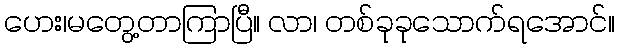
ဟေး၊မတွေ့တာကြာပြီ။ လာ၊ တစ်ခုခုသောက်ရအောင်။